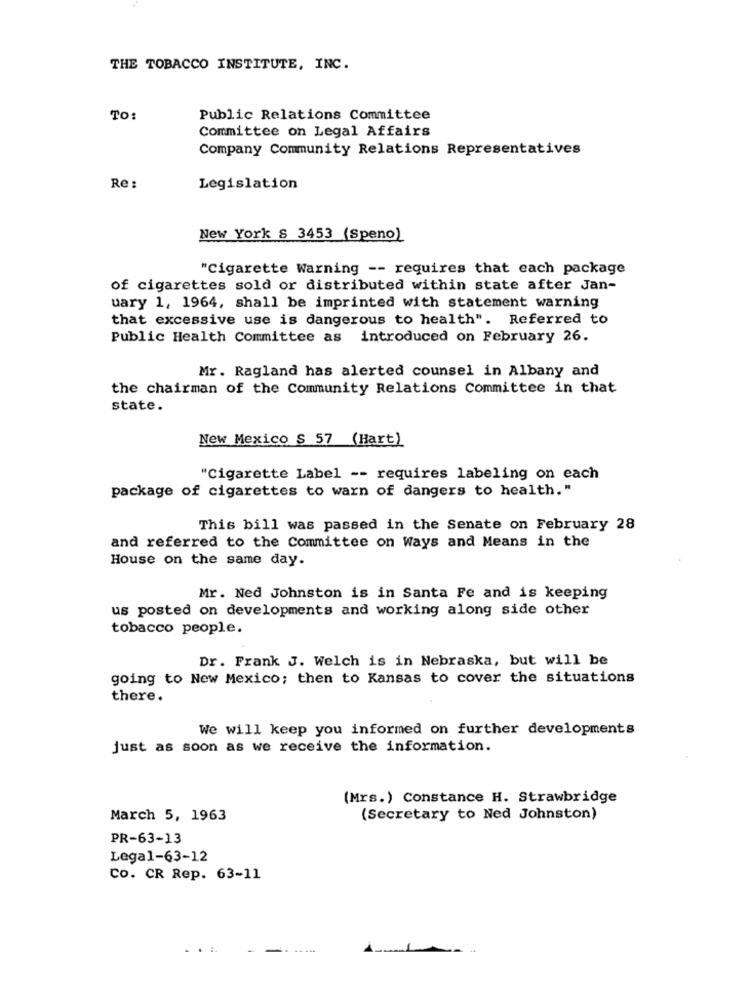
THE TOBACCO INSTITUTE, INC.
TO:
Public Relations Committee
Committee on Legal Affairs
Company Community Relations Representatives
Re :
Legislation
New York & 3453 (Speno)
"Cigarette Warning -- requires that each package
of cigarettes sold or distributed within state after Jan-
uary 1, 1964, shall be imprinted with statement warning
that excessive use is dangerous to health". Referred to
Public Health Committee as introduced on February 26.
Mr. Ragland has alerted counsel in Albany and
the chairman of the Community Relations Committee in that
state.
New Mexico S 57 (Hart)
"Cigarette Label -- requires labeling on each
package of cigarettes to warn of dangers to health."
This bill was passed in the Senate on February 28
and referred to the Committee on Ways and Means in the
House on the same day.
Mr. Ned Johnston is in Santa Fe and is keeping
us posted on developments and working along side other
tobacco people.
Dr. Frank J. Welch is in Nebraska, but will be
going to New Mexico; then to Kansas to cover the situations
there.
We will keep you informed on further developments
just as soon as we receive the information.
(Mrs.) Constance H. Strawbridge
March 5, 1963
(Secretary to Ned Johnston)
PR-63-13
Legal-63-12
Co. CR Rep. 63-11